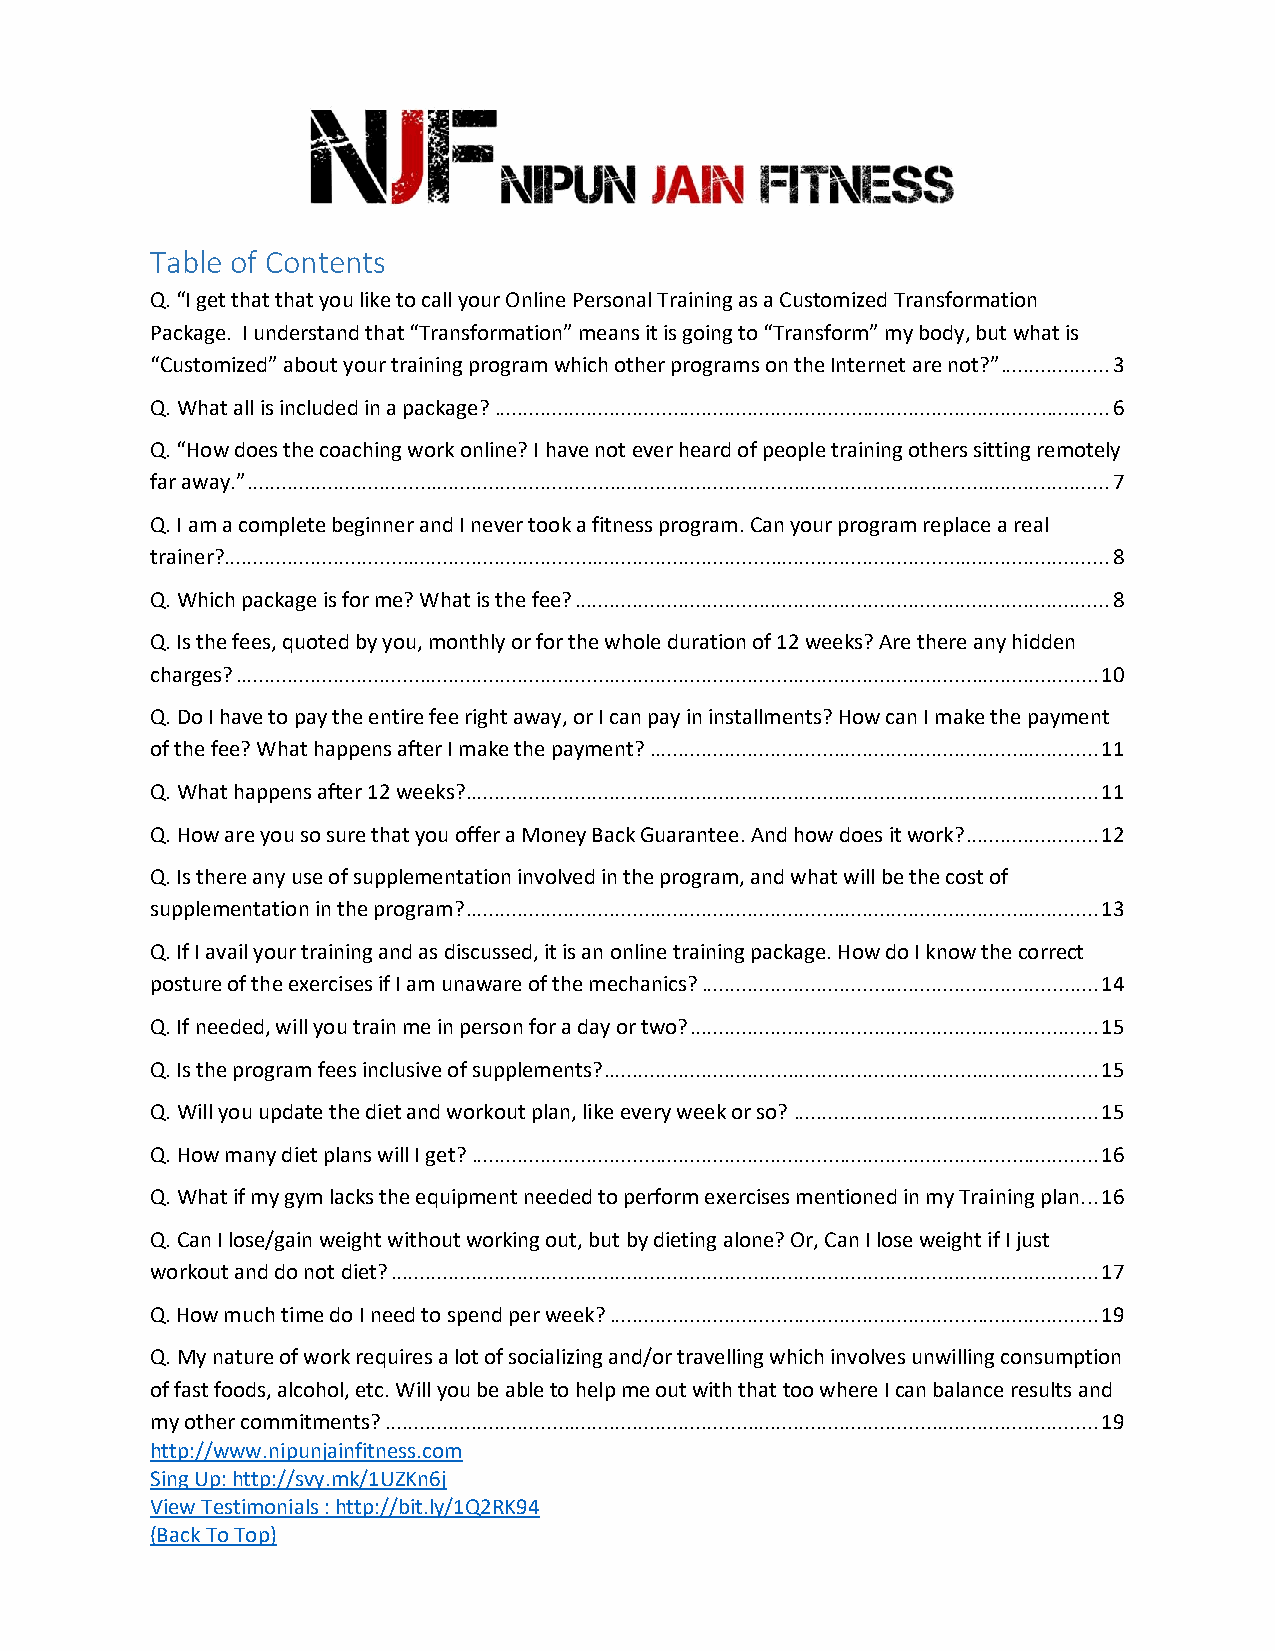
Table of Contents
 Q. “I get that that you like to call your Online Personal Training as a Customized Transformation
 Package. I understand that “Transformation” means it is going to “Transform” my body, but what is
 “Customized” about your training program which other programs on the Internet are not?” ................... 3
 Q. What all is included in a package? ........................................................................................................... 6
 Q. “How does the coaching work online? I have not ever heard of people training others sitting remotely
 far away.” ...................................................................................................................................................... 7
 Q. I am a complete beginner and I never took a fitness program. Can your program replace a real
 trainer? .......................................................................................................................................................... 8
 Q. Which package is for me? What is the fee? ............................................................................................. 8
 Q. Is the fees, quoted by you, monthly or for the whole duration of 12 weeks? Are there any hidden
 charges? ...................................................................................................................................................... 10
 Q. Do I have to pay the entire fee right away, or I can pay in installments? How can I make the payment
 of the fee? What happens after I make the payment? .............................................................................. 11
 Q. What happens after 12 weeks? .............................................................................................................. 11
 Q. How are you so sure that you offer a Money Back Guarantee. And how does it work? ....................... 12
 Q. Is there any use of supplementation involved in the program, and what will be the cost of
 supplementation in the program? .............................................................................................................. 13
 Q. If I avail your training and as discussed, it is an online training package. How do I know the correct
 posture of the exercises if I am unaware of the mechanics? ..................................................................... 14
 Q. If needed, will you train me in person for a day or two? ....................................................................... 15
 Q. Is the program fees inclusive of supplements? ...................................................................................... 15
 Q. Will you update the diet and workout plan, like every week or so? ..................................................... 15
 Q. How many diet plans will I get? ............................................................................................................. 16
 Q. What if my gym lacks the equipment needed to perform exercises mentioned in my Training plan. .. 16
 Q. Can I lose/gain weight without working out, but by dieting alone? Or, Can I lose weight if I just
 workout and do not diet? ........................................................................................................................... 17
 Q. How much time do I need to spend per week? ..................................................................................... 19
 Q. My nature of work requires a lot of socializing and/or travelling which involves unwilling consumption
 of fast foods, alcohol, etc. Will you be able to help me out with that too where I can balance results and
 my other commitments? ............................................................................................................................ 19
 http://www.nipunjainfitness.com
 Sing Up: http://svy.mk/1UZKn6j
 View Testimonials : http://bit.ly/1Q2RK94
 (Back To Top)